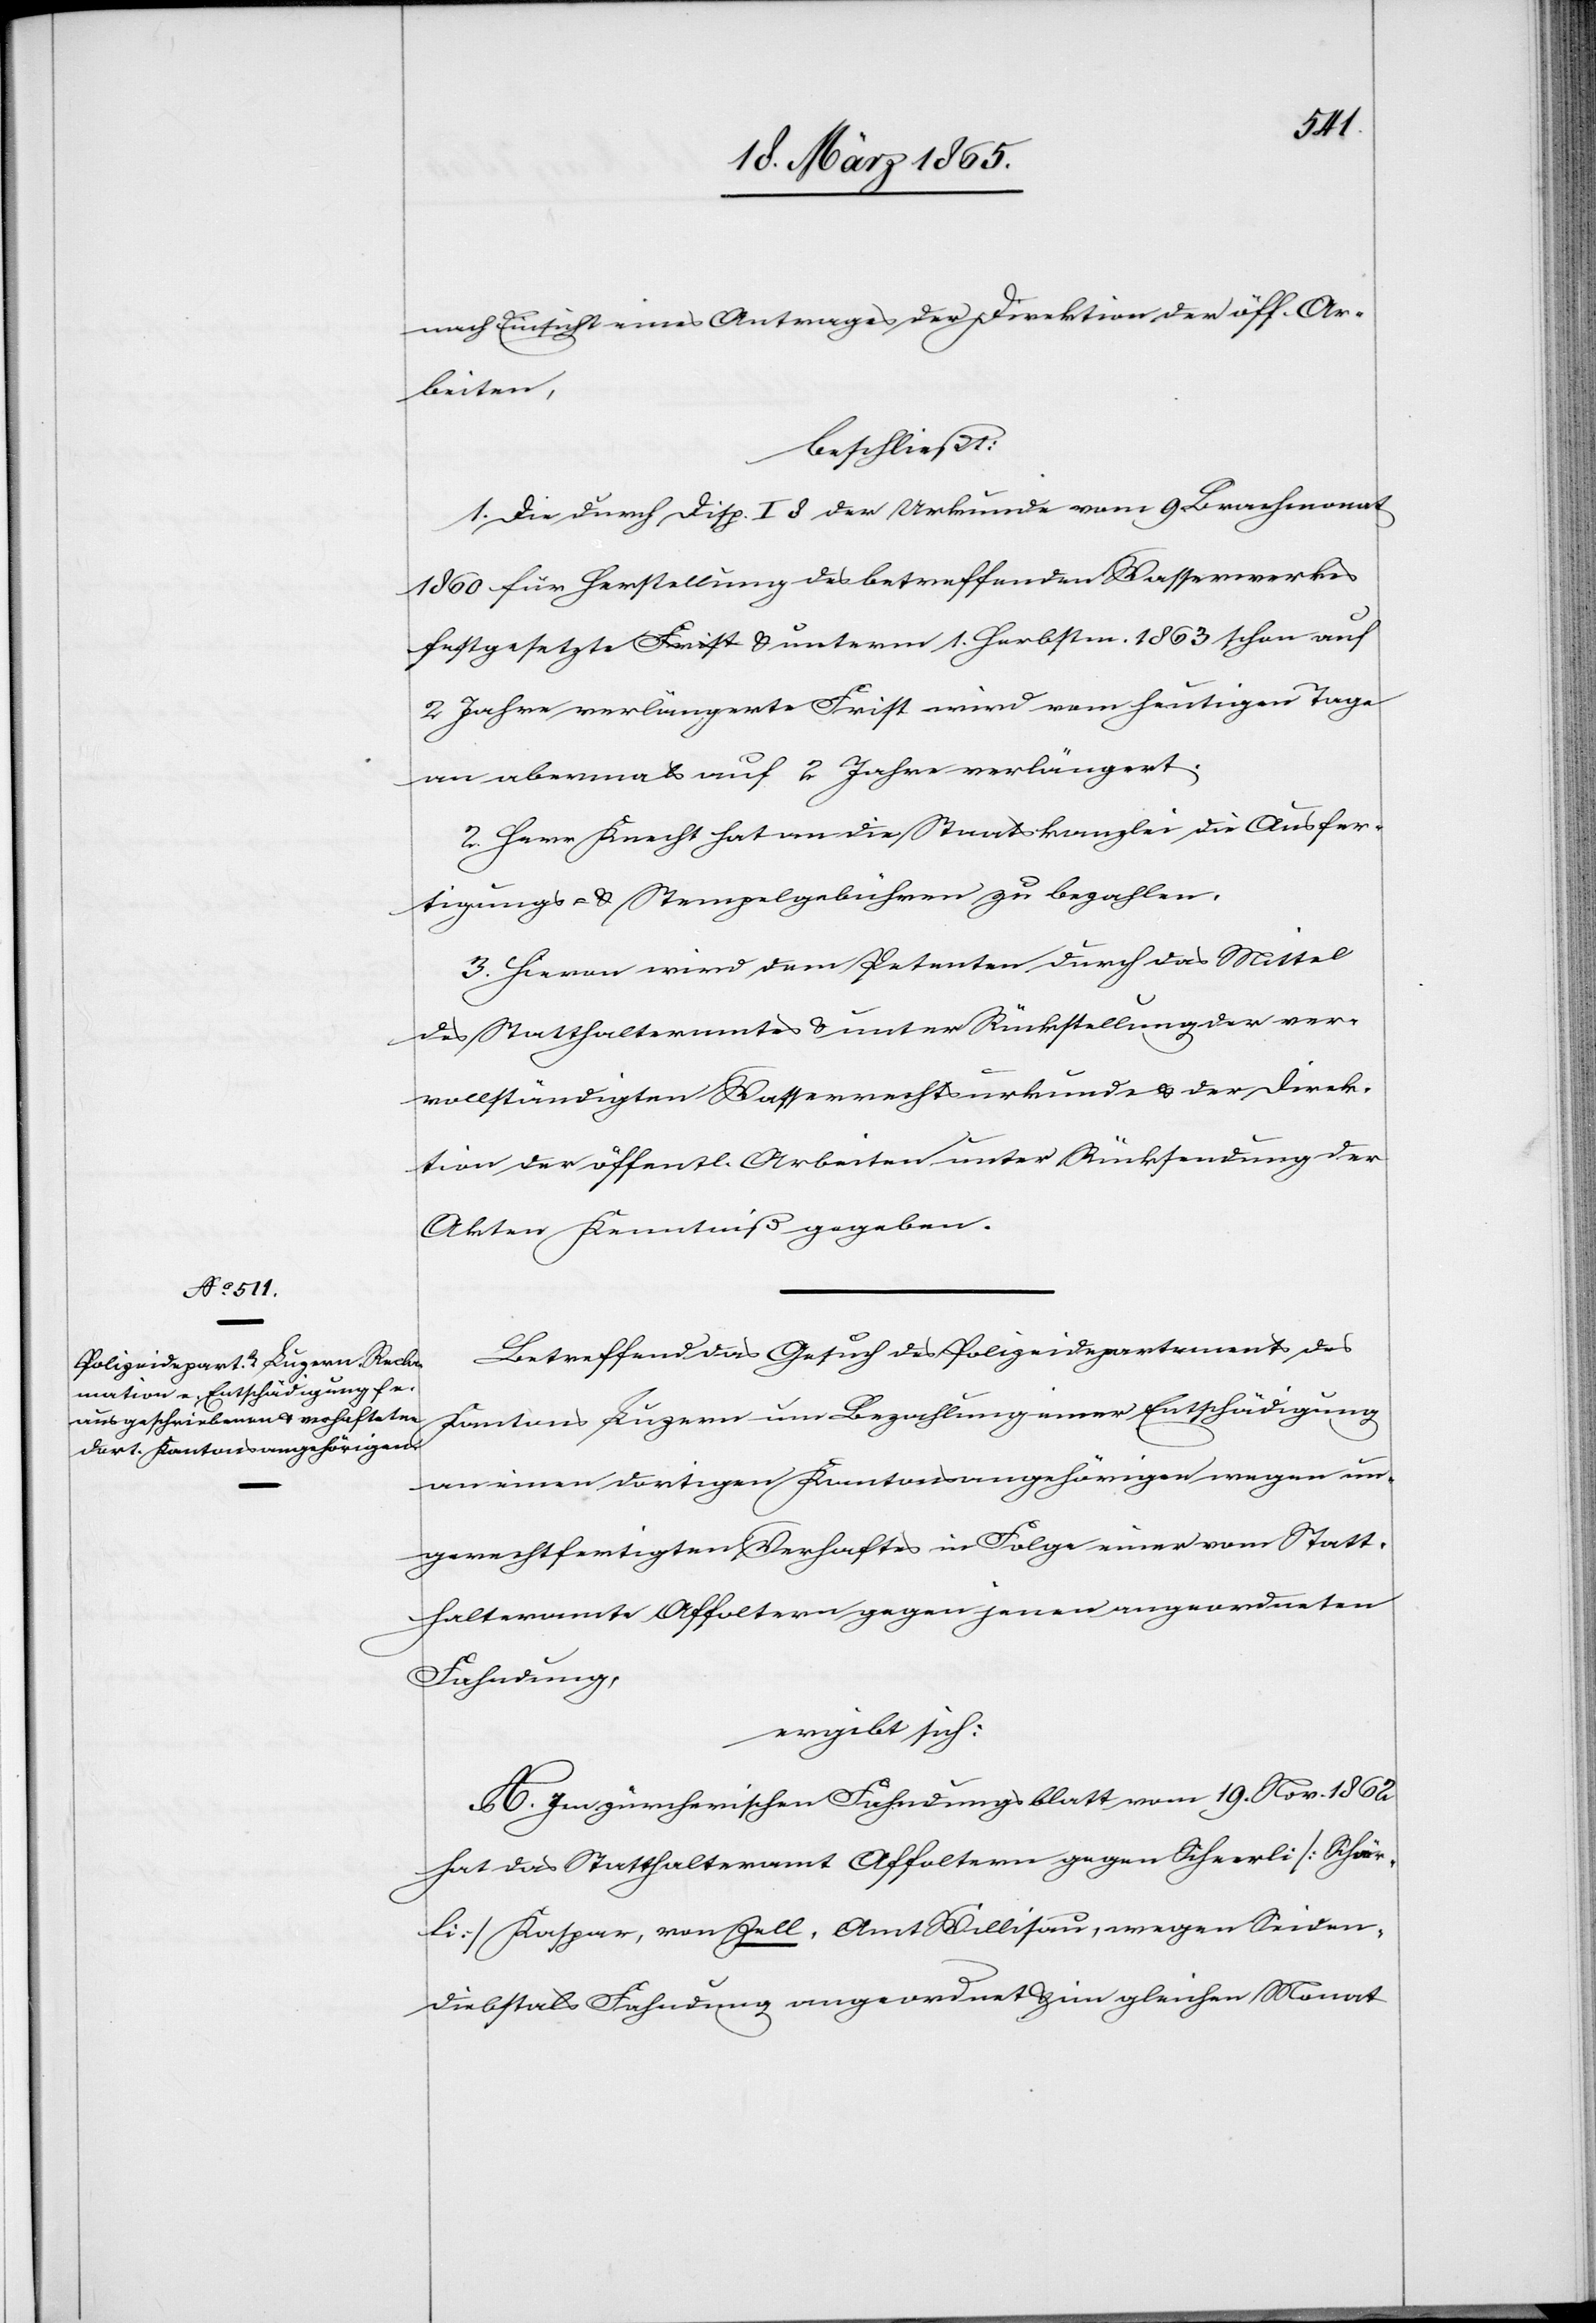
nach Einsicht eines Antrages der Direktion der öff. Ar¬
beiten,
beschließt:
1. Die durch Disp. I 8 der Urkunde vom 9. Brachmonat
1860 für Herstellung des betreffenden Wasserwerkes
festgesetzte & unterm 1. Herbstm. 1863 schon auf
2 Jahre verlängerte Frist wird vom heutigen Tage
an abermals auf 2 Jahre verlängert.
2. Herr Knecht hat an die Staatskanzlei die Ausfer¬
tigungs- & Stempelgebühren zu bezahlen.
3. Hievon wird dem Petenten durch das Mittel
des Statthalteramtes & unter Rückstellung der ver¬
vollständigten Wasserrechtsurkunde & der Direk¬
tion der öffentl. Arbeiten unter Rücksendung der
Akten Kenntniß gegeben.
Betreffend das Gesuch des Polizeidepartements des
Kantons Luzern um Bezahlung einer Entschädigung
an einen dortigen Kantonsangehörigen wegen un¬
gerechtfertigten Verhaftes in Folge einer vom Statt¬
halteramte Affoltern gegen jenen angeordneten
Fahndung,
ergibt sich:
A. Im zürcherischen Fahndungsblatt vom 19. Nov. 1862
hat das Statthalteramt Affoltern gegen Scheerli [Schär¬
li] Kaspar, von Zell, Amt Willisau, wegen Seiden¬
diebstals Fahndung angeordnet & im gleichen Monat